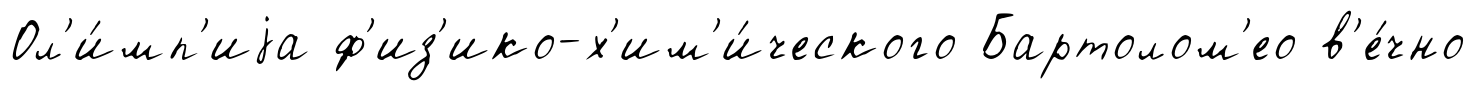
Ол'и́мп'иjа ф'из'ико-х'им'и́ческого Бартолом'ео в'е́чно